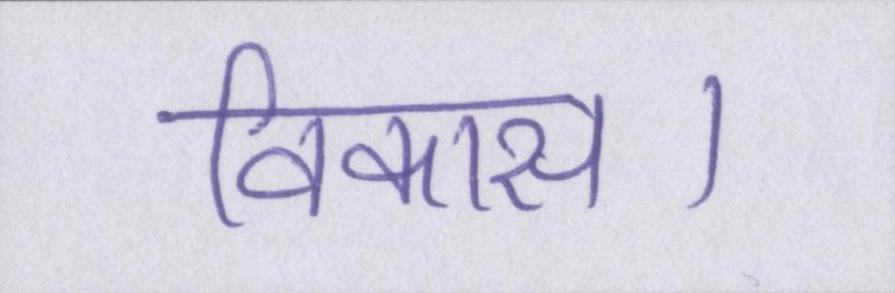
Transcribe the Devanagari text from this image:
विकास।